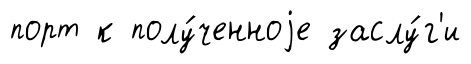
порт к полу́ченноjе заслу́г'и